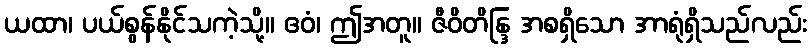
ယထာ၊ ပယ်စွန်နိုင်သကဲ့သို့။ ဧဝံ၊ ဤအတူ။ ဇီဝိတိန္ဒြ အစရှိသော အာရုံရှိသည်လည်း